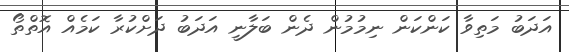
އަދަބު މަތިވާ ކަންކަން ނިމުމުން ދެން ބަލާނީ އަދަބު ދަށްކުރާ ކަމެއް އޮތްތޯ